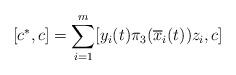
LaTeX: \begin{align*}[c^*,c]=\sum_{i=1}^m [y_i(t)\pi_{3}(\overline x_i(t))z_i,c]\end{align*}